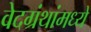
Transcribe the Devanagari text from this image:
वेदग्रंथांमध्ये